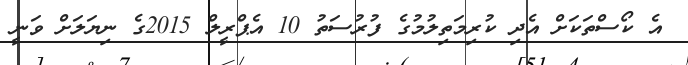
އެ ކޯސްތަކަށް އެދި ކުރިމަތިލުމުގެ ފުރުސަތު 10 އެޕްރީލް 2015ގެ ނިޔަލަށް ވަނީ